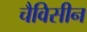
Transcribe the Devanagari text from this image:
चैविसीन